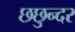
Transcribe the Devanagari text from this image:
छछुन्दर